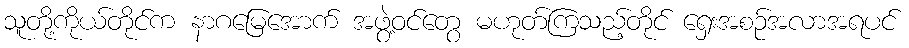
သူတို့ကိုယ်တိုင်က နာဂမြေအောက် အဖွဲ့ဝင်တွေ မဟုတ်ကြသည့်တိုင် ရှေးအစဉ်အလာအရပင်